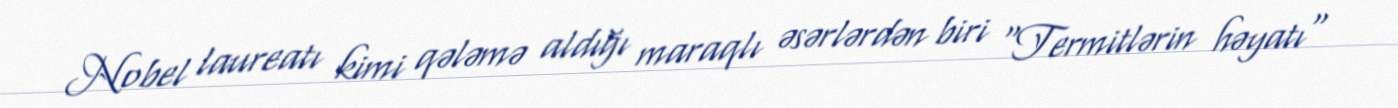
Nobel laureatı kimi qələmə aldığı maraqlı əsərlərdən biri "Termitlərin həyatı"